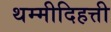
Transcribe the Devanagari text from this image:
थम्मीदिहत्ती